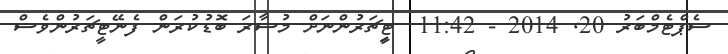
ސެޕްޓެމްބަރު 20